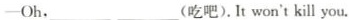
-Oh,_(吃吧).Itwon't kill you.